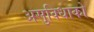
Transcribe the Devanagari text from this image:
असुविधाको